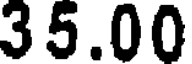
35.00